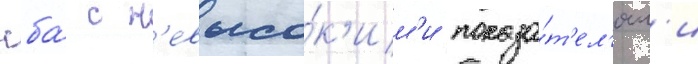
нба́ с н'евысо́к'им'и показа́т'ел'ям'и